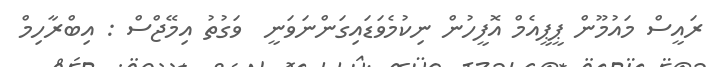
ރައީސް މައުމޫން ޕީޕީއެމް އޮފީހުން ނިކުމެވަޑައިގަންނަވަނީ  ވަގުތު އިމޭޖްސް : އިބްރާހިމް